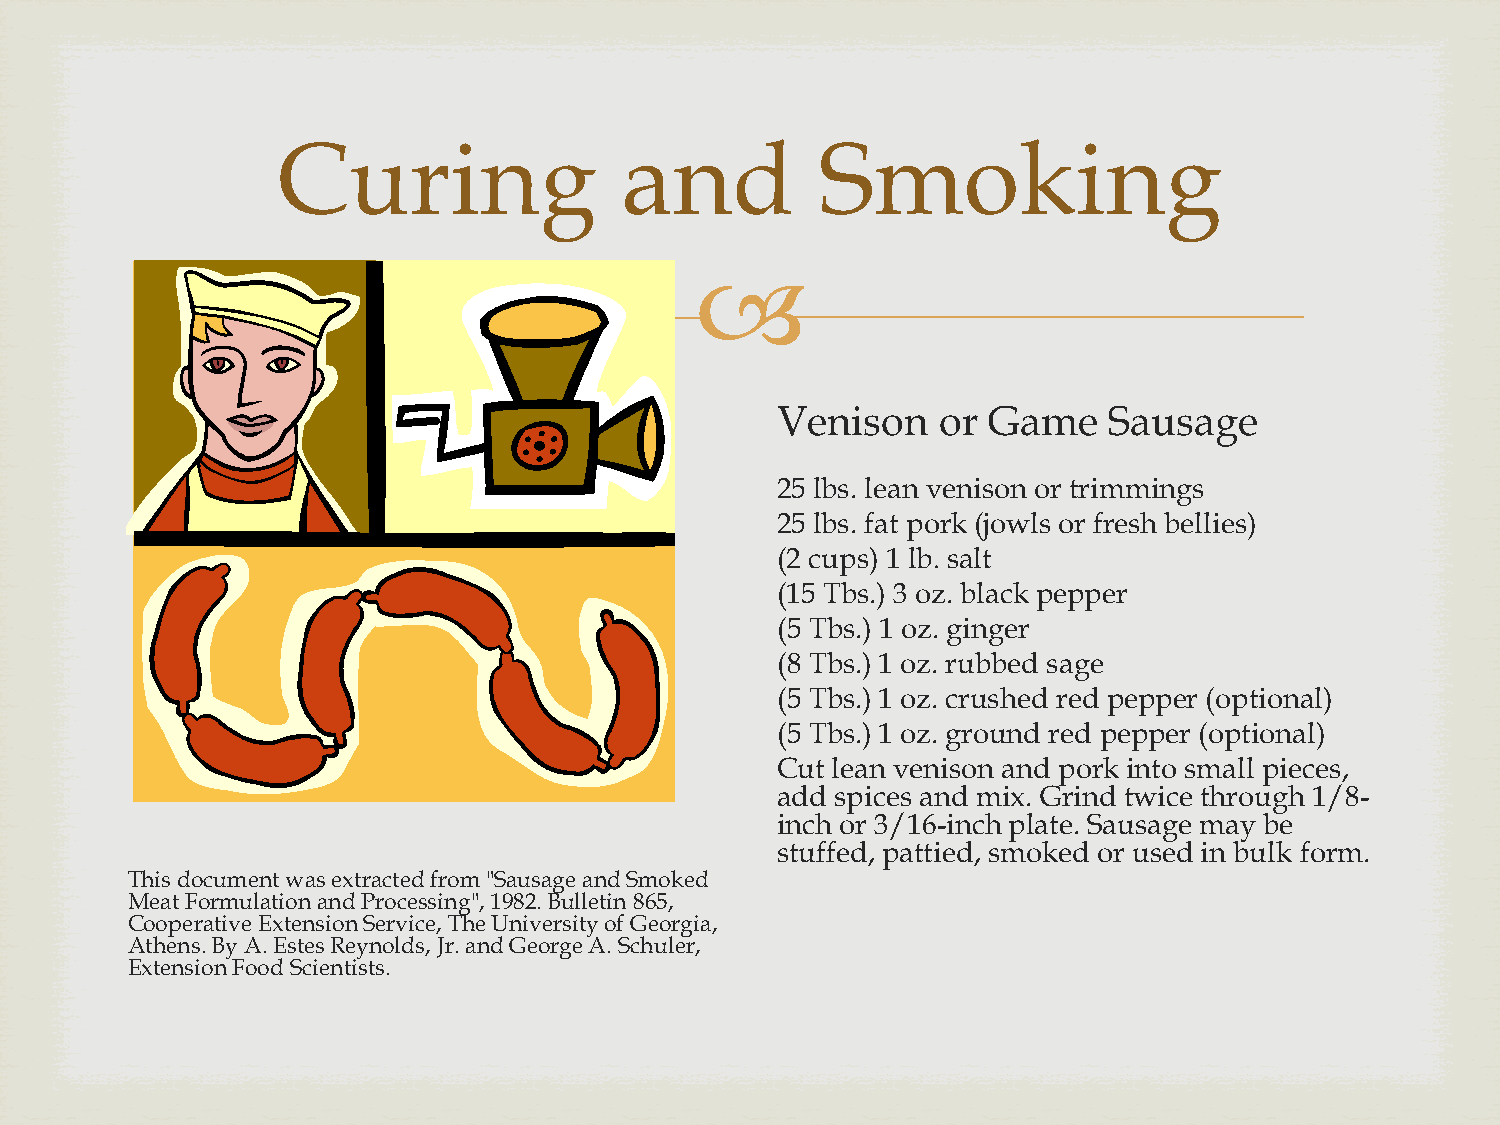
Curing                 and          Smoking
 
 Venison    or Game    Sausage
 25 lbs. lean venison or trimmings
 25 lbs. fat pork (jowls or fresh bellies)
 (2 cups) 1 lb. salt
 (15 Tbs.) 3 oz. black pepper
 (5 Tbs.) 1 oz. ginger
 (8 Tbs.) 1 oz. rubbed sage
 (5 Tbs.) 1 oz. crushed red pepper (optional)
 (5 Tbs.) 1 oz. ground red pepper (optional)
 Cut lean venison and pork into small pieces,
 add spices and mix. Grind twice through 1/8-
 inch or 3/16-inch plate. Sausage may be
 stuffed, pattied, smoked or used in bulk form.
 This document was extracted from "Sausage and Smoked
 Meat Formulation and Processing", 1982. Bulletin 865,
 Cooperative Extension Service, The University of Georgia,
 Athens. By A. Estes Reynolds, Jr. and George A. Schuler,
 Extension Food Scientists.